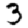
Digit: 3